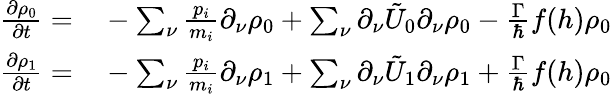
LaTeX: \begin{array}{rl}{\frac{\partial\rho_{0}}{\partial t}=}&{{}-\sum_{\nu}\frac{p_{i}}{m_{i}}\partial_{\nu}\rho_{0}+\sum_{\nu}\partial_{\nu}\tilde{U}_{0}\partial_{\nu}\rho_{0}-\frac{\Gamma}{\hbar}f(h)\rho_{0}}\\ {\frac{\partial\rho_{1}}{\partial t}=}&{{}-\sum_{\nu}\frac{p_{i}}{m_{i}}\partial_{\nu}\rho_{1}+\sum_{\nu}\partial_{\nu}\tilde{U}_{1}\partial_{\nu}\rho_{1}+\frac{\Gamma}{\hbar}f(h)\rho_{0}}\end{array}